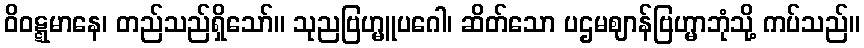
ဝိဝဋ္ဋမာနေ၊ တည်သည်ရှိသော်။ သုညဗြဟ္မူပဂေါ၊ ဆိတ်သော ပဌမဈာန်ဗြဟ္မာဘုံသို့ ကပ်သည်။